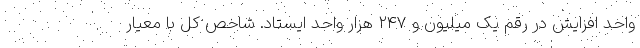
واحد افزایش در رقم یک میلیون و ۲۴۷ هزار واحد ایستاد. شاخص کل با معیار